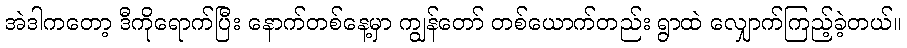
အဲဒါကတော့ ဒီကိုရောက်ပြီး နောက်တစ်နေ့မှာ ကျွန်တော် တစ်ယောက်တည်း ရွာထဲ လျှောက်ကြည့်ခဲ့တယ်။